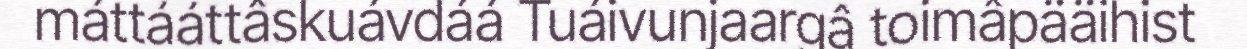
máttááttâskuávdáá Tuáivunjaargâ toimâpääihist